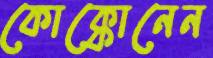
কোক্কোনেন